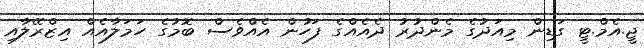
ޖީ.އެމް.ޓީ ގަޑިން މިއަދުގެ މެންދުރު ދެއެއްގެ ފަހުން އެއްވެސް ބޮމުގެ ހަމަލާއެއް އިޒްރޭލާއި